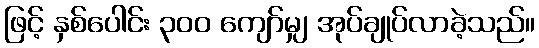
ဖြင့် နှစ်ပေါင်း ၃၀၀ ကျော်မျှ အုပ်ချုပ်လာခဲ့သည်။